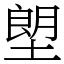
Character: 塱